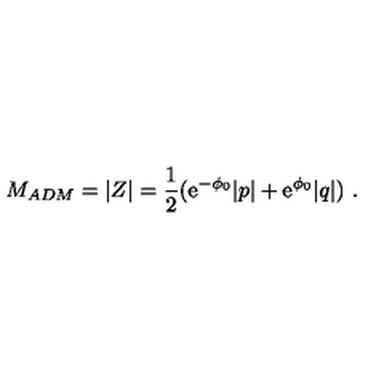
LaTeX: M _ { A D M } = | Z | = { \frac { 1 } { 2 } } ( { \mathrm { e } } ^ { - \phi _ { 0 } } | p | + { \mathrm { e } } ^ { \phi _ { 0 } } | q | ) \ .